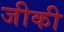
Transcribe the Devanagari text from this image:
जीकी